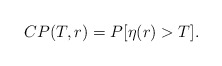
\begin{align*} CP(T,r)= P[\eta(r)>T].\end{align*}